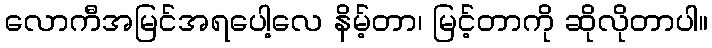
လောကီအမြင်အရပေါ့လေ နိမ့်တာ၊ မြင့်တာကို ဆိုလိုတာပါ။